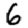
Digit: 6